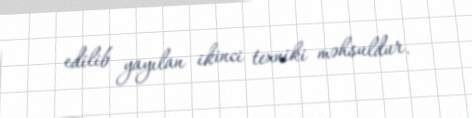
edilib yayılan ikinci texniki məhsuldur.